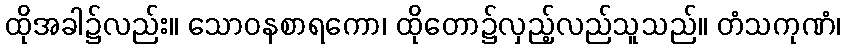
ထိုအခါ၌လည်း။ သောဝနစာရကော၊ ထိုတော၌လှည့်လည်သူသည်။ တံသကုဏံ၊